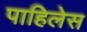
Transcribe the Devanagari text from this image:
पाहिलेस